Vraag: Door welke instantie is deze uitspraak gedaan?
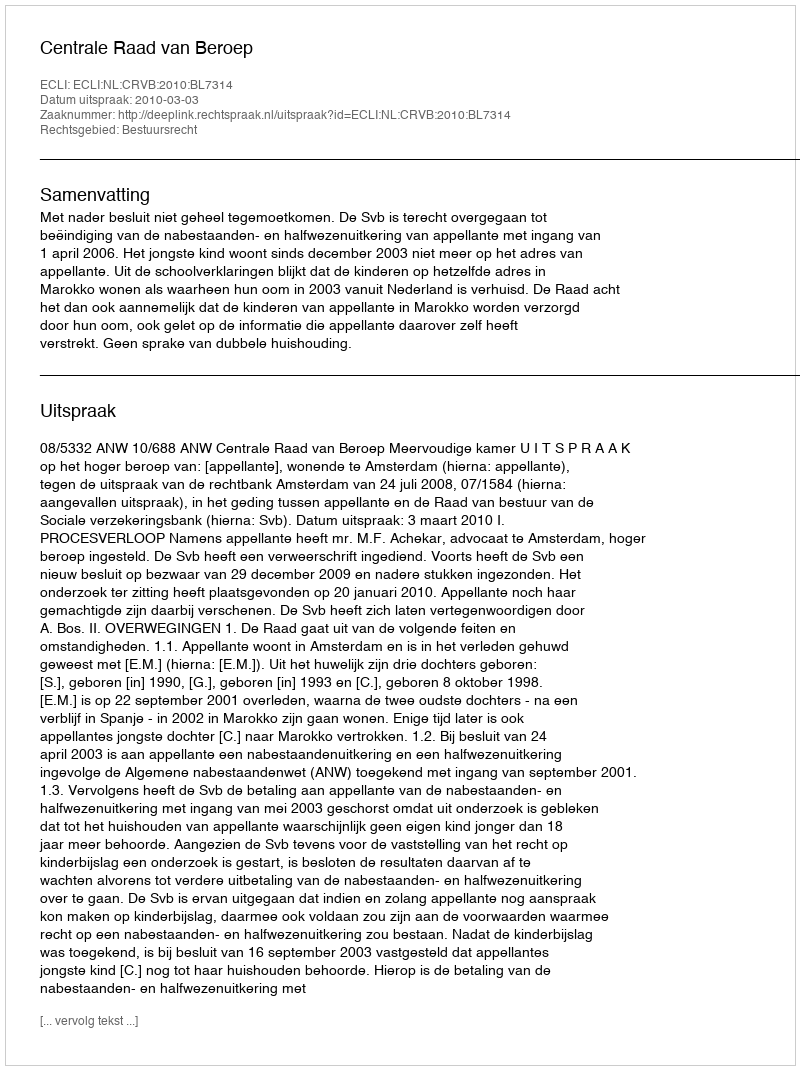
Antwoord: Centrale Raad van Beroep